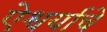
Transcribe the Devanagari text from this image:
ऐश्वर्याचे